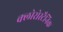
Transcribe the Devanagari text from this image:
क्लोरोस्टैनिक